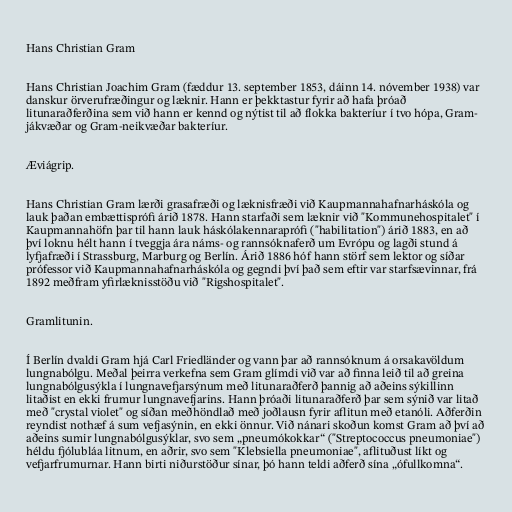
Hans Christian Gram

Hans Christian Joachim Gram (fæddur 13. september 1853, dáinn 14. nóvember 1938) var
danskur örverufræðingur og læknir. Hann er þekktastur fyrir að hafa þróað
litunaraðferðina sem við hann er kennd og nýtist til að flokka bakteríur í tvo hópa, Gram-
jákvæðar og Gram-neikvæðar bakteríur.

Æviágrip.

Hans Christian Gram lærði grasafræði og læknisfræði við Kaupmannahafnarháskóla og
lauk þaðan embættisprófi árið 1878. Hann starfaði sem læknir við "Kommunehospitalet" í
Kaupmannahöfn þar til hann lauk háskólakennaraprófi ("habilitation") árið 1883, en að
því loknu hélt hann í tveggja ára náms- og rannsóknaferð um Evrópu og lagði stund á
lyfjafræði í Strassburg, Marburg og Berlín. Árið 1886 hóf hann störf sem lektor og síðar
prófessor við Kaupmannahafnarháskóla og gegndi því það sem eftir var starfsævinnar, frá
1892 meðfram yfirlæknisstöðu við "Rigshospitalet".

Gramlitunin.

Í Berlín dvaldi Gram hjá Carl Friedländer og vann þar að rannsóknum á orsakavöldum
lungnabólgu. Meðal þeirra verkefna sem Gram glímdi við var að finna leið til að greina
lungnabólgusýkla í lungnavefjarsýnum með litunaraðferð þannig að aðeins sýkillinn
litaðist en ekki frumur lungnavefjarins. Hann þróaði litunaraðferð þar sem sýnið var litað
með "crystal violet" og síðan meðhöndlað með joðlausn fyrir aflitun með etanóli. Aðferðin
reyndist nothæf á sum vefjasýnin, en ekki önnur. Við nánari skoðun komst Gram að því að
aðeins sumir lungnabólgusýklar, svo sem „pneumókokkar“ ("Streptococcus pneumoniae")
héldu fjólubláa litnum, en aðrir, svo sem "Klebsiella pneumoniae", aflituðust líkt og
vefjarfrumurnar. Hann birti niðurstöður sínar, þó hann teldi aðferð sína „ófullkomna“.